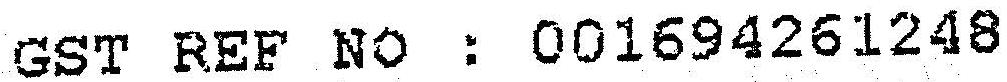
GST REF NO : 001694261248